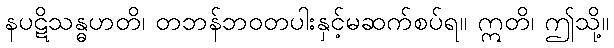
နပဋိသန္ဓဟတိ၊ တဘန်ဘဝတပါးနှင့်မဆက်စပ်ရ။ ဣတိ၊ ဤသို့။